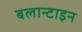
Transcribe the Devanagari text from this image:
बलान्टाइन